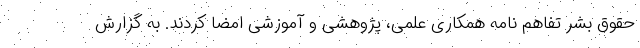
حقوق بشر تفاهم نامه همکاری علمی، پژوهشی و آموزشی امضا کردند. به گزارش